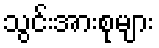
သွင်းအားစုများ